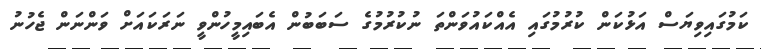
ކަމުގައިވިޔަސް އަޅުކަން ކުރުމުގައި އެއްކައުވަންތަ ނުކުރުމުގެ ސަބަބުން އެބައިމީހުންވީ ނަރަކައަށް ވަންނަން ޖެހުނު